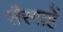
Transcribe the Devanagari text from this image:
सैरगाहें